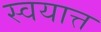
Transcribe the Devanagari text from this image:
स्वयात्त